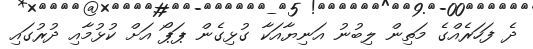
ދެ ފަހަރެއްގެ މަތިން ލިބުނު އަނިޔާއަކާ ގުޅިގެން ޕަޕޯ އަށް ކުޅުމާއި ދުރުގައި